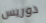
دوريس